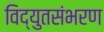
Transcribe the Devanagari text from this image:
विद्युतसंभरण